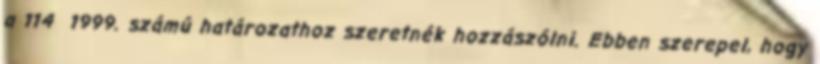
a 114 1999. számú határozathoz szeretnék hozzászólni. Ebben szerepel, hogy